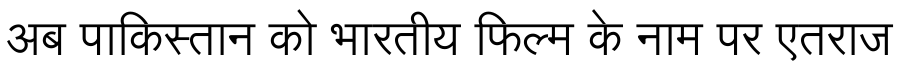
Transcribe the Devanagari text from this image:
अब पाकिस्तान को भारतीय फिल्म के नाम पर एतराज